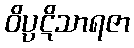
ဝိပ္ပဋိသာရဇာ